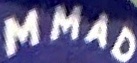
MMAD